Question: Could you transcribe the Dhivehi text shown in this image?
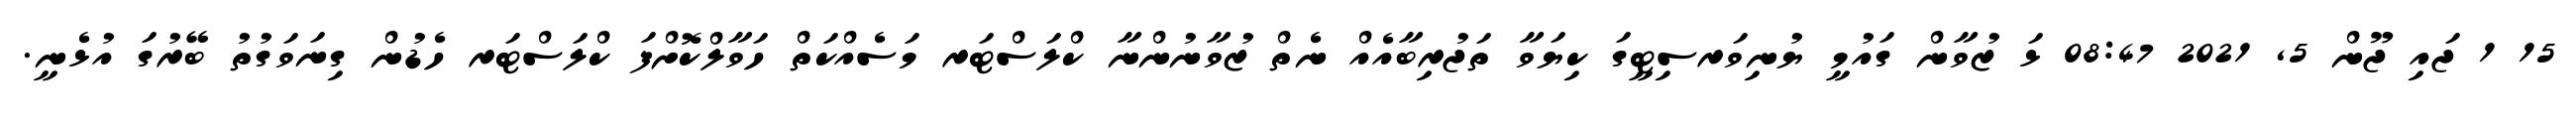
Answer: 15 1 ޖައި ޖޫން 5, 2021 08:47 ޅަ ޒުވާން ގައުމީ ޔުނިވަރސިޓީގަ ކިޔަވާ ތަޖުރިބާއެއް ނެތް ޒުވާނުންނާ ކްލަސްޓަރ މަސެއްކަތް ހަވާލްކޮށްފަ ކްލަސްޓަރ ހެޑުން ގިނަވަގުތު ބޭރުގަ އުޅެނީ.